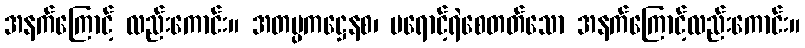
အနက်ကြောင့် လည်းကောင်း။ အတပ္ပကဋ္ဌေနစ၊ မရောင့်ရဲစေတတ်သော အနက်ကြောင့်လည်းကောင်း။